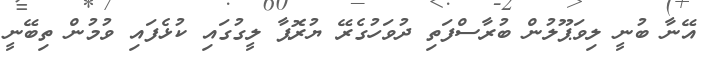
އޭނާ ބުނީ ލިވަޕޫލުން ބުރާސްފަތި ދުވަހުގެރޭ ޔުރޮޕާ ލީގުގައި ކުޅެފައި ވުމުން ތިބޭނީ